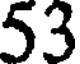
53